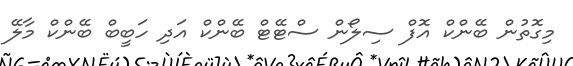
މިގޮތުން ބޭންކް އޮފް ސިލޯން ސްޓޭޓް ބޭންކް އަދި ހަބީބް ބޭންކް މާލޭ